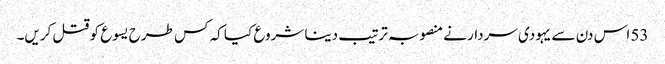
53 اس دن سے یہودی سردار نے منصوبہ ترتیب دینا شروع کیا کہ کس طرح یسوع کو قتل کریں۔